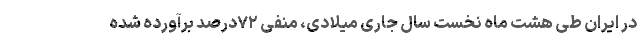
در ایران طی هشت ماه نخست سال جاری میلادی، منفی ۷۲درصد برآورده شده